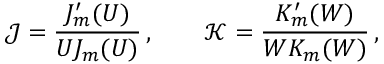
\mathcal { J } = \frac { J _ { m } ^ { \prime } ( U ) } { U J _ { m } ( U ) } \, , \qquad \mathcal { K } = \frac { K _ { m } ^ { \prime } ( W ) } { W K _ { m } ( W ) } \, ,